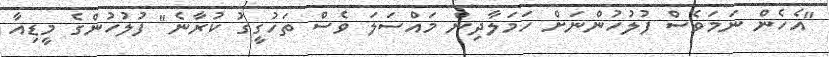
"އެހެން ނަމަވެސް ފުލުހުންނަށް ހަމަލާދިން މައްސަލަ ވެސް ތަހުގީގު ކުރާނެ" ފުލުހުންގެ މީޑިއާ